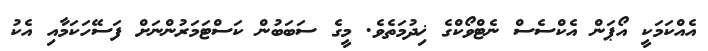
އެއްކަމަކީ އޯޕަން އެކްސެސް ނެޓްވޯކްގެ ޚިދުމަތެވެ. މީގެ ސަބަބުން ކަސްޓަމަރުންނަށް ފަސޭހަކަމާއި އެކު